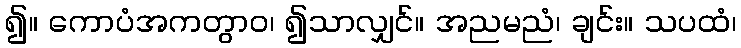
၍။ ကောပံအကတွာဝ၊ ၍သာလျှင်။ အညမညံ၊ ချင်း။ သပထံ၊